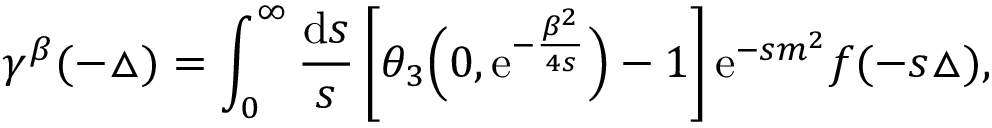
\gamma ^ { \beta } ( { - \triangle } ) = \int _ { 0 } ^ { \infty } { \frac { { \mathrm { d } } s } { s } } \left[ \theta _ { 3 } \Big ( 0 , { \mathrm { e } } ^ { - \frac { \beta ^ { 2 } } { 4 s } } \Big ) - 1 \right] { \mathrm e } ^ { - s m ^ { 2 } } f ( - s \triangle ) ,